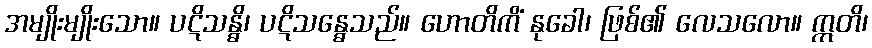
အမျိုးမျိုးသော။ ပဋိသန္ဓိ၊ ပဋိသန္ဓေသည်။ ဟောတိကိံ နုခေါ၊ ဖြစ်၏ လေသလော။ ဣတိ၊